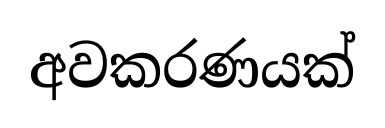
අවකරණයක්